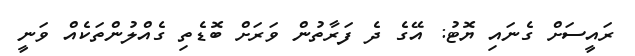
ރައީސަށް ގެނައި ޔޮޓު: އޭގެ ދެ ފަރާތުން ވަރަށް ބޮޑެތި ގެއްލުންތަކެއް ވަނީ